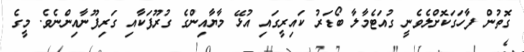
ގޮތުން ފާހަގަކޮށްލެވެނީ ގުއަޓެމާލާ ބޯޑަރު ކައިރީގައި އުޅޭ މާޔާއިންގެ ގުރޫޕަކާއި ގަރިފޫނާއިންނެވެ. މީގެ